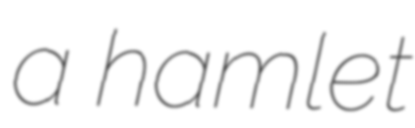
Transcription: a hamlet